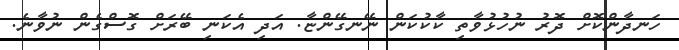
ހަނދާންކޮށް ދޮރު ނުހުޅުވާތި ކާކުކަން ނޭނގޭންޏާ. އަދި އެކަނި ބޭރަށް ގޮސްގެން ނުވާނެ.